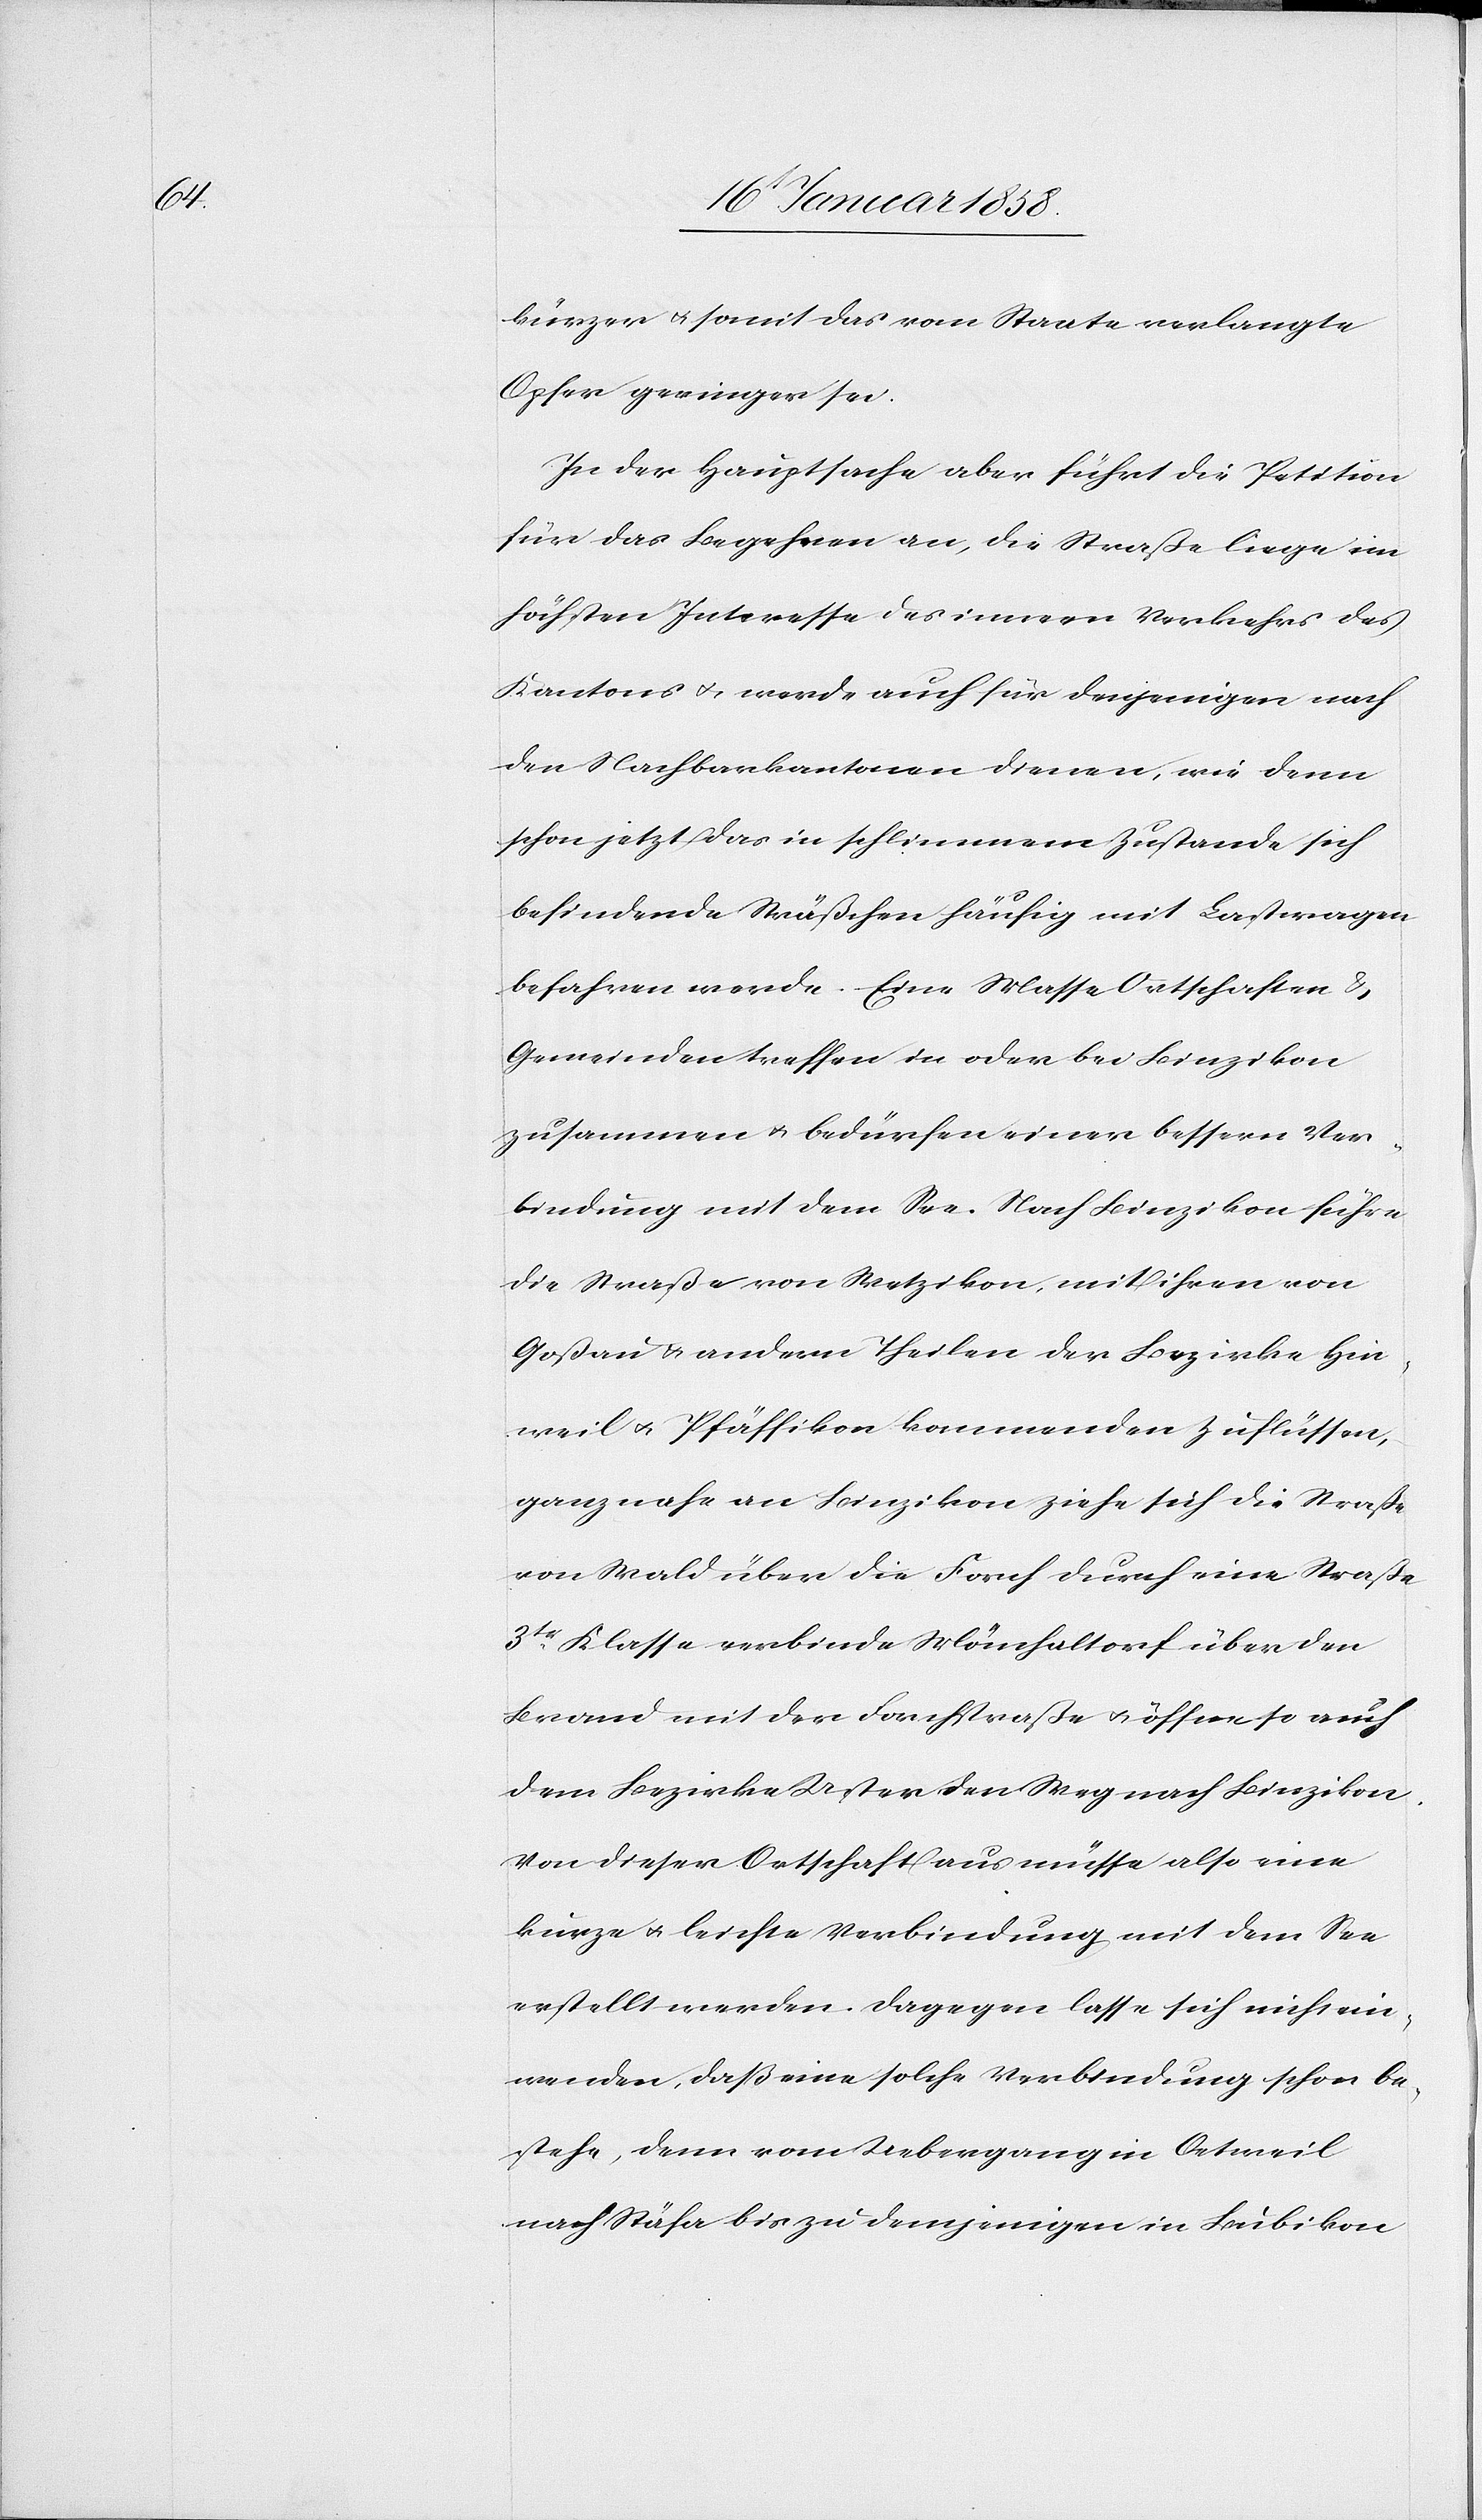
kürzer u. somit das vom Staate verlangte
Opfer geringer sei.
In der Hauptsache aber führt die Petition
für das Begehren an, die Straße liege im
höchsten Interesse des innern Verkehrs des
Kantons u. werde auch für denjenigen nach
den Nachbarkantonen dienen, wie denn
schon jetzt das in schlimmem Zustande sich
befindende Sträßchen häufig mit Lastwagen
befahren werde. Eine Masse Ortschaften &
Gemeinden treffen in oder bei Binzikon
zusammen u. bedürfen einer bessern Ver¬
bindung mit dem See. Nach Binzikon führe
die Straße von Wetzikon, mit ihren von
Goßau u. andern Theilen der Bezirke Hin¬
weil u. Pfäffikon kommenden Zuflüssen,
ganz nahe an Binzikon ziehe sich die Straße
von Wald über die Forch durch eine Straße
3tr. Klasse verbinde Mönchaltorf über den
Brand mit der Forchstraße u. eröffne so auch
dem Bezirke Uster den Weg nach Binzikon.
Von diesen Ortschaften aus müsse also eine
kurze u. leichte Verbindung mit dem See
erstellt werden. Dagegen lasse sich nicht ein¬
wenden, daß eine solche Verbindung schon be¬
stehe, denn vom Uebergang in Oetweil
nach Stäfa bis zu demjenigen in Bubikon